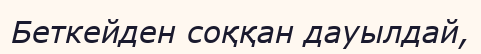
Беткейден соққан дауылдай,